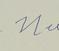
Signature authenticity: forged